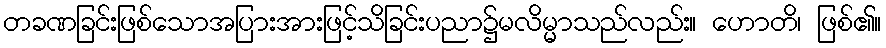
တခဏခြင်းဖြစ်သောအပြားအားဖြင့်သိခြင်းပညာ၌မလိမ္မာသည်လည်း။ ဟောတိ၊ ဖြစ်၏။